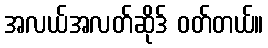
အလယ်အလတ်ဆိုဒ် ဝတ်တယ်။